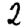
Digit: 2